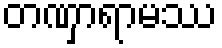
တဏှာရာမဿ